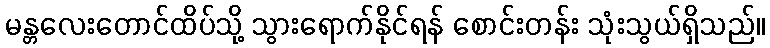
မန္တလေးတောင်ထိပ်သို့ သွားရောက်နိုင်ရန် စောင်းတန်း သုံးသွယ်ရှိသည်။